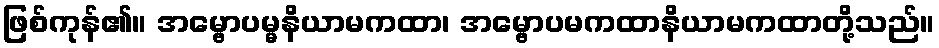
ဖြစ်ကုန်၏။ အမ္ဗောပမ္မနိယာမကထာ၊ အမ္ဗောပမကထာနိယာမကထာတို့သည်။